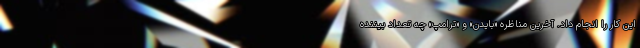
این کار را انجام داد. آخرین مناظره «بایدن» و «ترامپ» چه تعداد بیننده